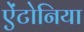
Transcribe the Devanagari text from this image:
ऐंटोनिया